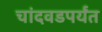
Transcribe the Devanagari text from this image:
चांदवडपर्यंत